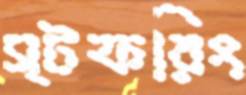
স্টফরিং